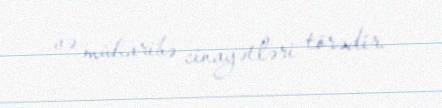
və müharibə cinayətləri törədir.